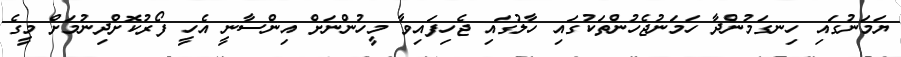
ޔަމަނުގައި ހިނގަމުންދާ ހަމަނުޖެހުންތަކުގައި ހާލުގައި ޖެހިފައިވާ މީހުންނަށް އިންސާނީ އެހީ ފޯރުކޮށްދިނުމަށް މީގެ